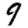
Digit: 9